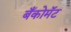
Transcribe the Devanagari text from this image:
बँकोमॅट